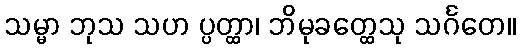
သမ္မာ ဘုသ သဟ ပ္ပတ္ထာ၊ ဘိမုခတ္ထေသု သင်္ဂတေ။